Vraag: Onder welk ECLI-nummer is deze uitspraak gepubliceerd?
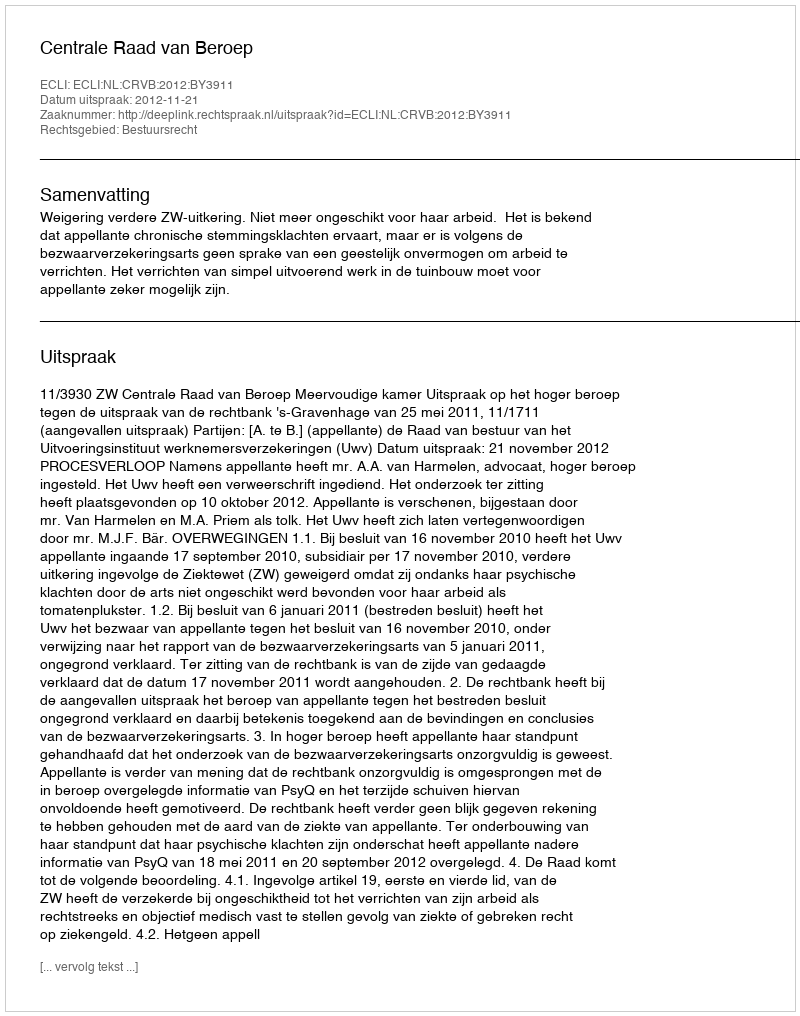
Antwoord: ECLI:NL:CRVB:2012:BY3911